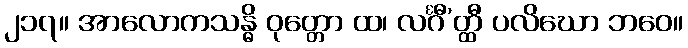
၂၁၇။ အာလောကသန္ဓိ ဝုတ္တော ထ၊ လင်္ဂီ’တ္ထီ ပလိဃော ဘဝေ။